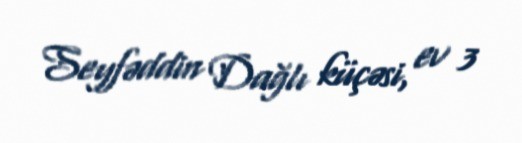
Seyfəddin Dağlı küçəsi, ev 3